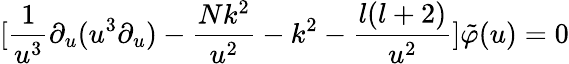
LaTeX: [\frac{1}{u^{3}}\partial_{u}(u^{3}\partial_{u})-\frac{Nk^{2}}{u^{2}}-k^{2}-\frac{l(l+2)}{u^{2}}]\tilde{\varphi}(u)=0